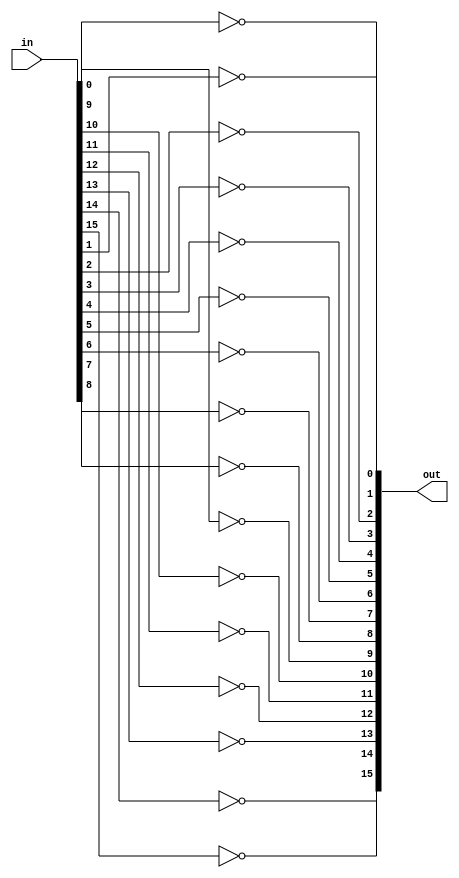
/* mdulo Not16 */
/* Leonardo Vecchi Meirelles - 12011ECP002 */

`ifndef _Not16_
`define _Not16_

module Not16(out, in);
    input [15:0] in;
    output [15:0] out;

    not not0(out[0], in[0]);
    not not1(out[1], in[1]);
    not not2(out[2], in[2]);
    not not3(out[3], in[3]);
    not not4(out[4], in[4]);
    not not5(out[5], in[5]);
    not not6(out[6], in[6]);
    not not7(out[7], in[7]);
    not not8(out[8], in[8]);
    not not9(out[9], in[9]);
    not not10(out[10], in[10]);
    not not11(out[11], in[11]);
    not not12(out[12], in[12]);
    not not13(out[13], in[13]);
    not not14(out[14], in[14]);
    not not15(out[15], in[15]);

    // Descrio de conexes internas do mdulo

endmodule

`endif